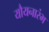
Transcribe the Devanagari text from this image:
यौयनारंभ